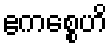
ဧကစ္စေဟိ